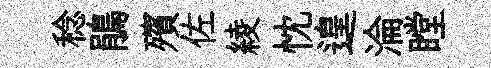
稔鵑殯佐綾忱遑淪瞠